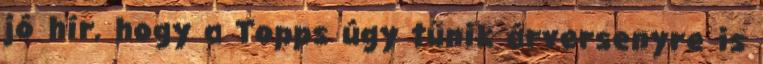
jó hír, hogy a Topps úgy tűnik árversenyre is